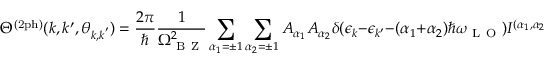
\Theta ^ { ( \mathrm { 2 p h } ) } ( k , k ^ { \prime } , \theta _ { \boldsymbol { k } , \boldsymbol { k } ^ { \prime } } ) = \frac { 2 \pi } { \hbar } \frac { 1 } { \Omega _ { \mathrm { ~ B ~ Z ~ } } ^ { 2 } } \sum _ { \alpha _ { 1 } = \pm 1 } \sum _ { \alpha _ { 2 } = \pm 1 } A _ { \alpha _ { 1 } } A _ { \alpha _ { 2 } } \delta ( \epsilon _ { k } - \epsilon _ { k ^ { \prime } } - ( \alpha _ { 1 } + \alpha _ { 2 } ) \hbar \omega _ { \mathrm { ~ L ~ O ~ } } ) I ^ { ( \alpha _ { 1 } , \alpha _ { 2 } ) } ( k , k ^ { \prime } , \theta _ { \boldsymbol { k } , \boldsymbol { k } ^ { \prime } } ) ,